Investigations on Bengal jail dietaries - Number 37
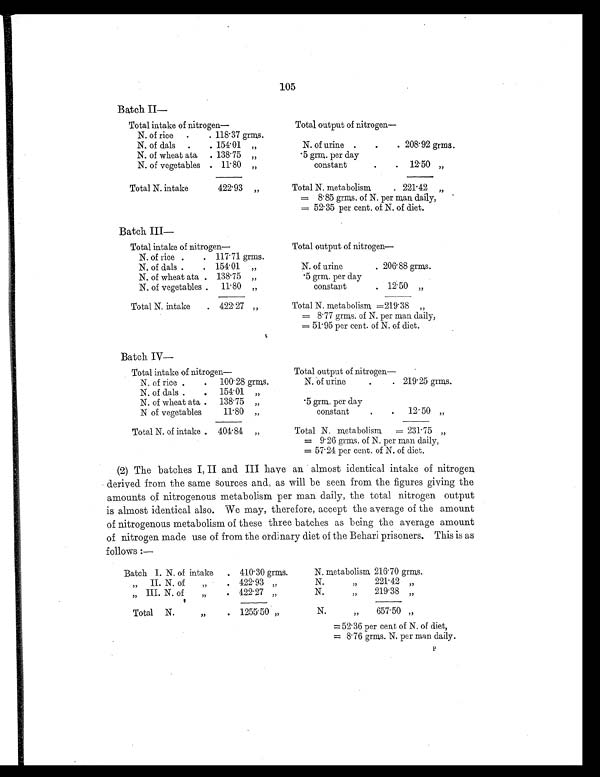
105
Batch I
I —
Total intake of nitrogen—
Total output of nitrogen
—
N. of rice
.
. 118.37 grms.
N. of dals
.
. 154.01 „
N. of urine .
.
. 208.92 grms.
N. of wheat ata
. 138.75 „
.5 grm. per day
N. of vegetables . 11.80 „
constant
.
. 12.50 „
Total N. intake
422.93
„
Total N. metabolism . 221.42
„
= 8.85 grms. of N. per man daily,
= 52.35 per cent. of N. of diet.
Batch III
—
Total intake of nitrogen—
Total output of nitrogen
—
N. of rice .
. 117.71 grms.
N. of dals .
. 154.01 „
N. of urine
. 206.88 grms.
N. of wheat ata . 138.75 „
.5 grm. per day
N. of vegetables .
11.80 „
constant
. 12.50 „
Total N. intake
. 422.27 „
Total N. metabolism =219.38 „
= 8.77 grms. of N. per man daily,
= 51.95 per cent. of N. of diet.
Batch IV
—
Total intake of nitrogen—
Total output of nitrogen
—
N. of rice .
.
100.28 grms.
N. of urine
.
. 219.25 grms.
N. of dals .
.
154.01 „
N. of wheat ata .
138.75 „
.5 grm. per day
N of vegetables
11.80 „
constant
.
.
12.50 „
Total N. of intake . 401.84 „
Total N. metabolism
= 231.75 „
= 9.26 grms. of N. per man daily,
= 57.24 per cent. of N. of diet.
(2) The batches I, II and III have an almost identical intake of nitrogen
derived from the same sources and, as will be seen from the figures giving the
amounts of nitrogenous metabolism per man daily, the total nitrogen output
is almost identical also. We may, therefore, accept the average of the amount
of nitrogenous metabolism of these three batches as being the average amount
of nitrogen made use of from the ordinary diet of the Behari prisoners. This is as
follows:—
Batch I. N. of intake
. 410.30 grms.
N. metabolism 216.70 grms.
„ II. N. of „
. 422.93
„
N. „
221.42 „
„ I I I . N . o f „
. 422.27 „
N. „
219.38 „
Total N. „
. 1255.50 „
N. „
657.50 „
=52.36 per cent of N. of diet,
= 8.76 grms. N. per man daily.
P